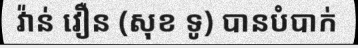
វ៉ាន់ វឿន (សុខ ទូ) បានបំបាក់